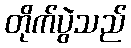
တိုက်ပွဲသည်